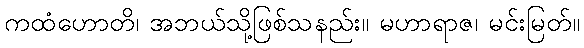
ကထံဟောတိ၊ အဘယ်သို့ဖြစ်သနည်း။ မဟာရာဇ၊ မင်းမြတ်။